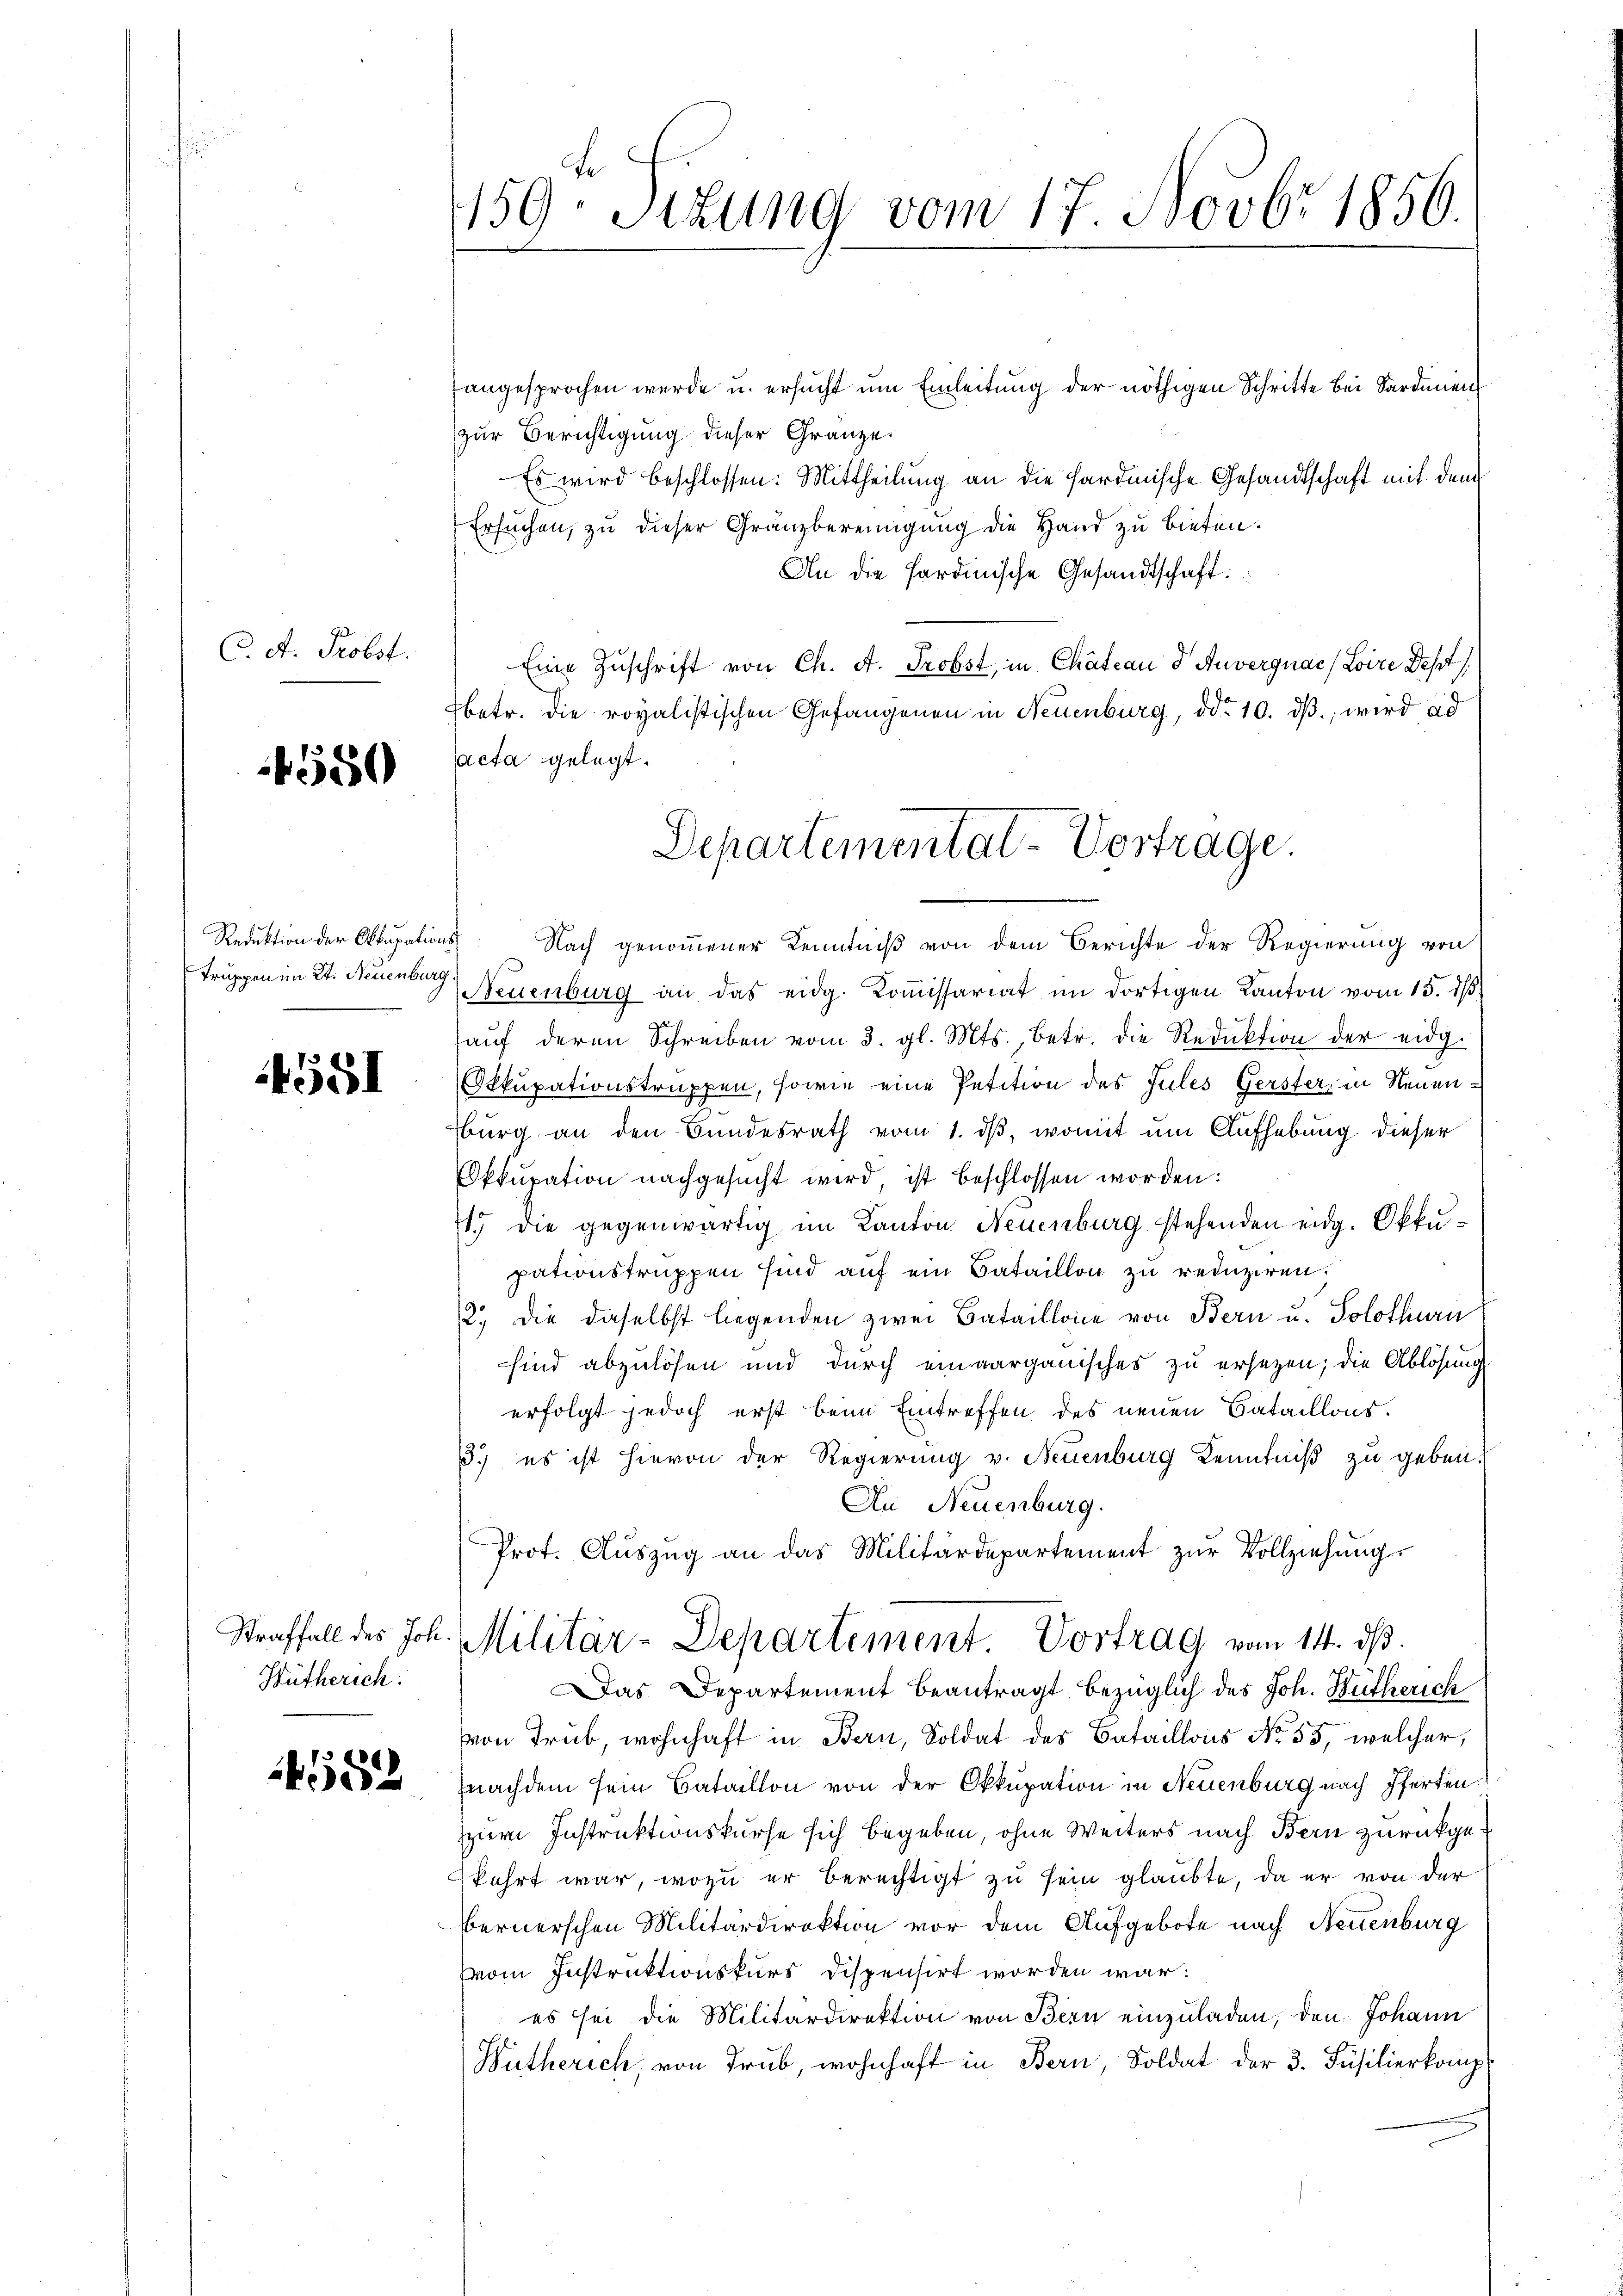
C. A. Probst.

550

Truppen im St. Neuenburg.

4551

Hütherich.

452

150ten Sizung vom 17. Novbr 1856.

angesprochen werde u. ersŭcht ŭm Einleitung der nöthigen Schritte bei Sardinen
zur Berichtigung dieser Gränze.
Es wird beschlossen: Mittheilŭng an die Sardinische Gesandtschaft mit dem
Ersuchen, zu dieser Gränzbereinigung die Hand zu bieten.
An die Sardinische Gesandtschaft:
Eine Zuschrift von Ch. A. Probst, in Chateau d Anvergnach Loire Dest
betr. die royalistischen Gefangenen in Neuenburg, ddo 10. dβ wird ad
acta gelegt.
Reduktion der Okkupations. Nach genommener Kenntniß von dem Berichte der Regierung von
Neuenburg an das eidg. Koṁissariat im dortigen Kanton vom 15. dβ
aŭf deren Schreiben vom 3. gl. Mts., betr. die Reduktion der eidg.
Okkupationstruppen, sowie eine Petition des Jules Gerster, in Neuenburg an den Bundesrath vom 1. dβ, womit um Aufhebung dieser
kkupation nachgesucht wird, ist beschlossen worden:
1.) die gegenwärtig im Kanton Neuenburg stehenden eidg. Okkupationstruppen sind auf ein Bataillon zu reduziren.
2., die daselbst liegenden zwei Bataillone von Bern u. Solothurn
sind abzulösen und durch einverganisches zu ersetzen; die Ablösung
erfolgt jedoch erst beim Eintreffen des neuen Bataillons.
3.) es ist hievon der Regierung v. Neuenburg Kenntniß zu geben.
An Neuenburg.
Prot. Aŭszŭg an das Militärdepartement zŭr Vollziehung
Straffall des Joh. Militär-Departement. Vortrag vom 14. ds.
Das Departement beantragt bezüglich des Joh. Bütherich
von Trub, wohnhaft in Bern, Soldat des Bataillons No. 55, welcher,
hnachdem sein Bataillon von der Okkupation in Neuenburg nach Pferten
zur Instruktionskurse sich begeben, ohne Weiters nach Bern zurückgekehrt war, wozu er berechtigt zu sein glaubte, da er von der
bernerschen Militärdirektion vor dem Aufgebote nach Neuenburg
vom Instruktionskurs dispensirt worden war:
es sei die Militärdirektion von Bern einzuladen, den Johann
Wütherich, von Trub, wohnhaft in Bern, Soldat der 3. Füsilierkomp

Departementat-Vortrage.